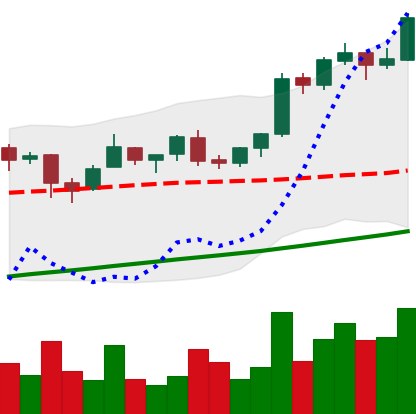
Ticker: BTC-USD
Chart end date: 2017-08-11
Forward return: 19.887%
Label: up_7plus